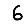
Digit: 6